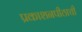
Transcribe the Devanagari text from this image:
प्रकाशनपीठाची